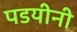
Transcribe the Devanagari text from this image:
पडयीनी